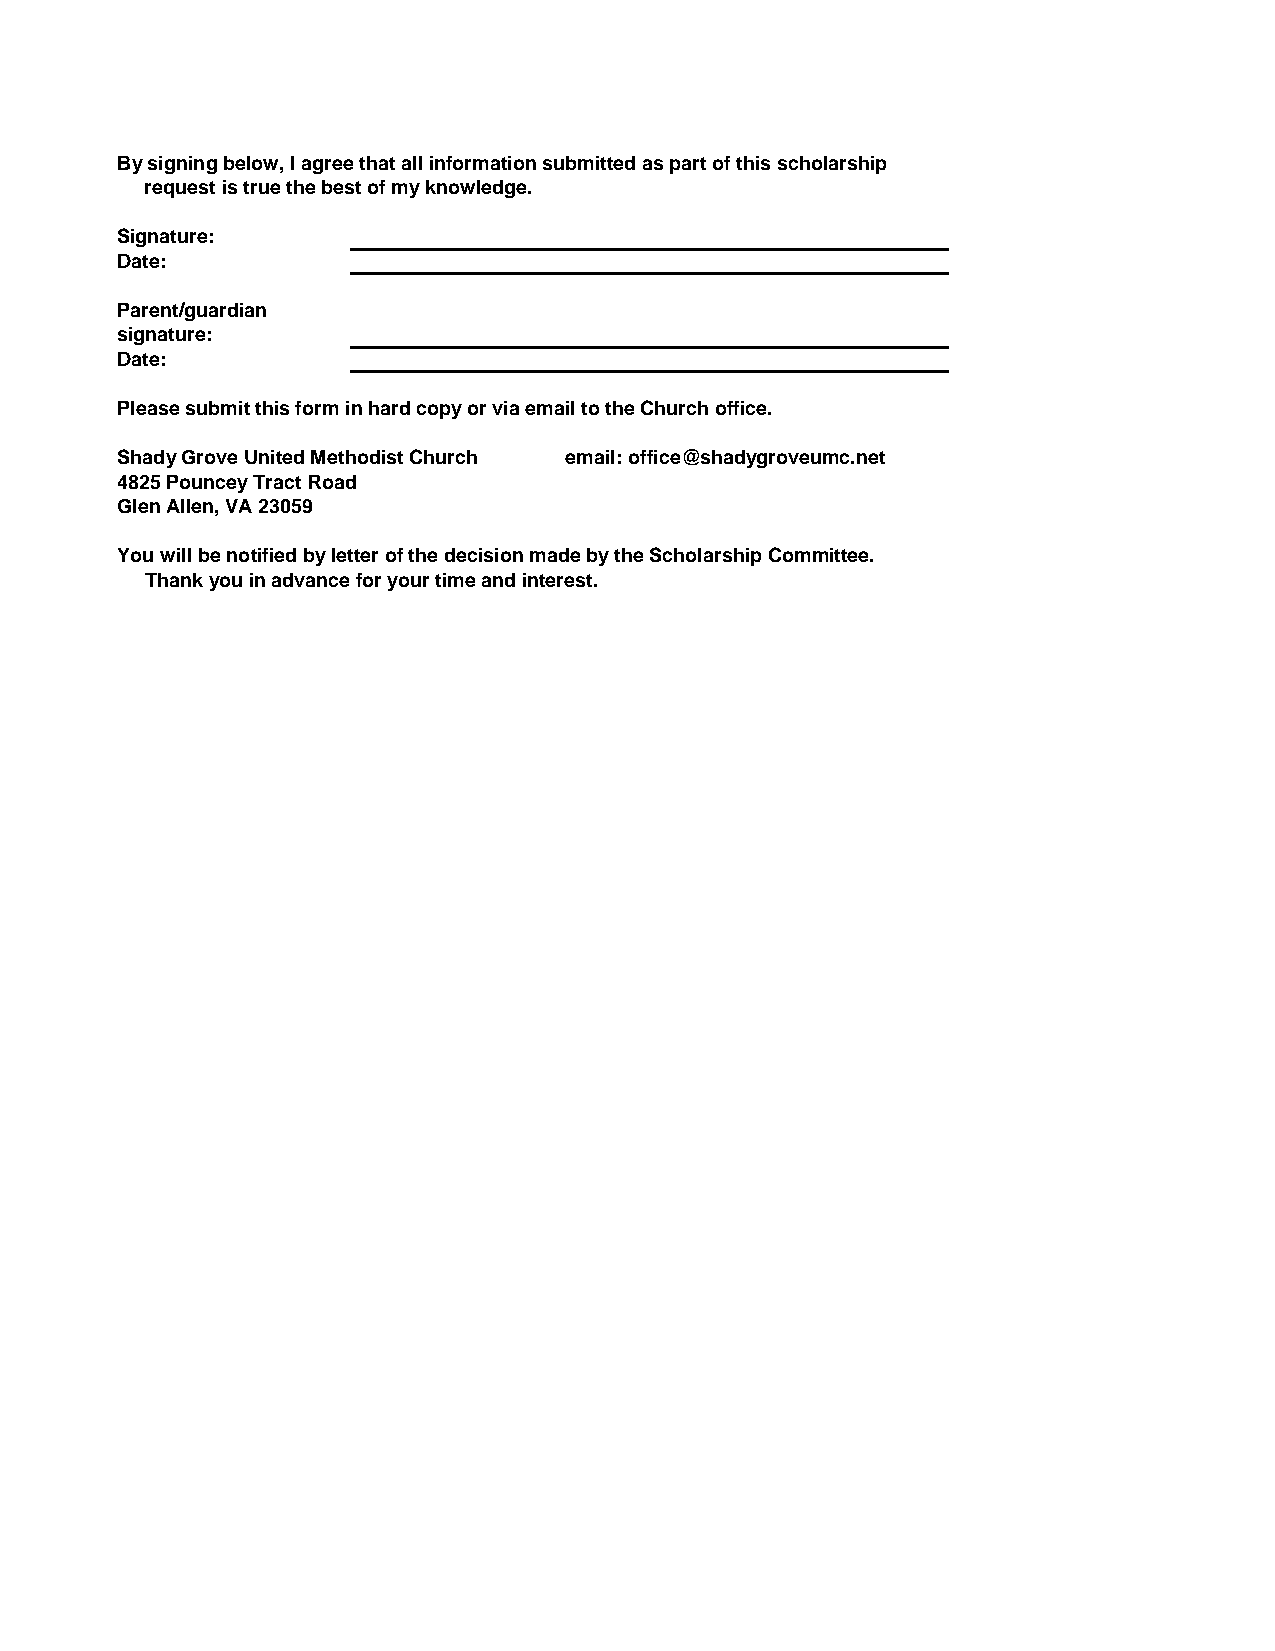
By signing below, I agree that all information submitted as part of this scholarship
 request is true the best of my knowledge.
 Signature:
 Date:
 Parent/guardian
 signature:
 Date:
 Please submit this form in hard copy or via email to the Church office.
 Shady Grove United Methodist Church email: office@shadygroveumc.net
 4825 Pouncey Tract Road
 Glen Allen, VA 23059
 You will be notified by letter of the decision made by the Scholarship Committee.
 Thank you in advance for your time and interest.